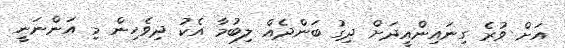
އަށް ވުރެ ގިނައިންއީދަށް ދިގު ބަންދެއް ލިބުމާ އެކު ދިވެހިން މި އަންނަނީ